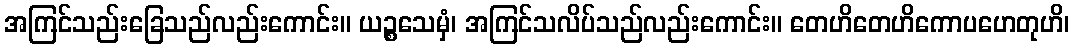
အကြင်သည်းခြေသည်လည်းကောင်း။ ယဉ္စသေမှံ၊ အကြင်သလိပ်သည်လည်းကောင်း။ တေဟိတေဟိကောပဟေတုဟိ၊